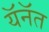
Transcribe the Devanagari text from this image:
यॅनॅत